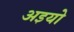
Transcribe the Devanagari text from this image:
अइयो